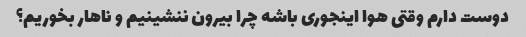
دوست دارم وقتی هوا اینجوری باشه چرا بیرون ننشینیم و ناهار بخوریم؟